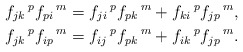
\begin{align*}& f_{jk}\,^{p}f_{pi}\,^{m}=f_{ji}\,^{p}f_{pk}\,^{m}+f_{ki}\,^{p}f_{jp}\,^{m},\\&f_{jk}\,^{p}f_{ip}\,^{m}=f_{ij}\,^{p}f_{pk}\,^{m}+f_{ik}\,^{p}f_{jp}\,^{m}.\end{align*}